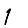
Digit: 1